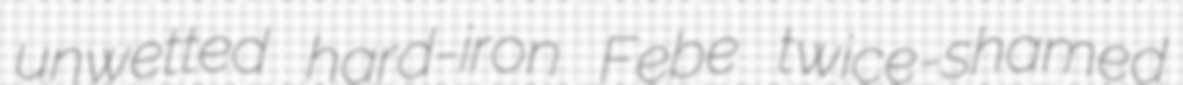
unwetted hard-iron Febe twice-shamed